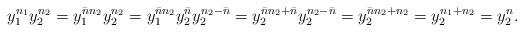
LaTeX: \begin{align*}y_1^{n_1}y_2^{n_2}= y_1^{\Bar{n}n_2}y_2^{n_2}= y_1^{\Bar{n}n_2}y_2^{\Bar{n}}y_2^{n_2-\Bar{n}}= y_2^{\Bar{n}n_2+\Bar{n}}y_2^{n_2-\Bar{n}}= y_2^{\Bar{n}n_2+n_2}=y_2^{n_1+n_2}=y_2^n. \end{align*}